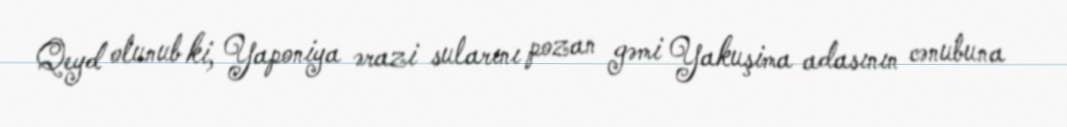
Qeyd olunub ki, Yaponiya ərazi sularını pozan gəmi Yakuşima adasının cənubuna